Distribution and causation of leprosy in British India
Year: 1875
Disease focus: Leprosy
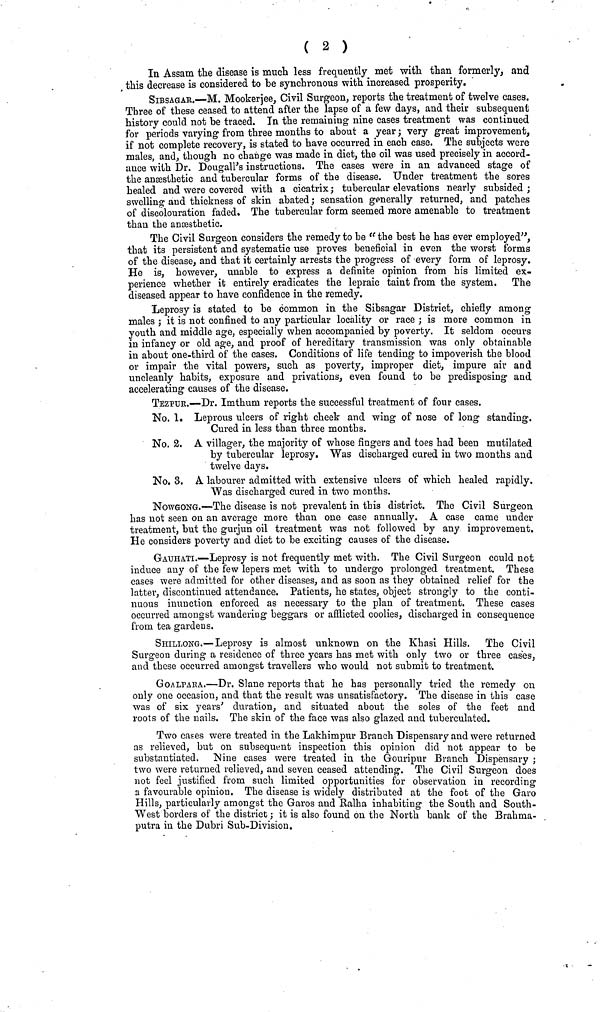
( 2 )
In Assam the disease is much less frequently met with than formerly, and
this decrease is considered to be synchronous with increased prosperity.
SIBSAGAE.—M. Mookerjee, Civil Surgeon, reports the treatment of twelve cases.
Three of these ceased to attend after the lapse of a few days, and their subsequent
history could not be traced. In the remaining nine cases treatment was continued
for periods varying from three months to about a year ; very great improvement,
if not complete recovery, is stated to have occurred in each case. The subjects were
males, and, though no change was made in diet, the oil was used precisely in accord-
ance with Dr. Dougall's instructions. The cases were in an advanced stage of
the anæsthetic and tubercular forms of the disease. Under treatment the sores
healed and were covered with a cicatrix ; tubercular elevations nearly subsided ;
swelling and thickness of skin abated ; sensation generally returned, and patches
of discolouration faded. The tubercular form seemed more amenable to treatment
than the anæsthetic.
The Civil Surgeon considers the remedy to be "the best he has ever employed",
that its persistent and systematic use proves beneficial in even the worst forms
of the disease, and that it certainly arrests the progress of every form of leprosy.
He is, however, unable to express a definite opinion from his limited ex-
perience whether it entirely eradicates the lepraic taint from the system. The
diseased appear to have confidence in the remedy.
Leprosy is stated to be common in the Sibsagar District, chiefly among
males ; it is not confined to any particular locality or race ; is more common in
youth and middle age, especially when accompanied by poverty. It seldom occurs
in infancy or old age, and proof of hereditary transmission was only obtainable
in about one-third of the cases. Conditions of life tending to impoverish the blood
or impair the vital powers, such as poverty, improper diet, impure air and
uncleanly habits, exposure and privations, even found to be predisposing and
accelerating causes of the disease.
TEZPUK.—Dr. Imthum reports the successful treatment of four cases.
No. 1. Leprous ulcers of right cheek and wing of nose of long standing.
Cured in less than three months.
No. 2. A villager, the majority of whose fingers and toes had been mutilated
by tubercular leprosy. Was discharged cured in two months and
twelve days.
No. 3. A labourer admitted with extensive ulcers of which healed rapidly.
Was discharged cured in two months.
NOWGONG.—The disease is not prevalent in this district. The Civil Surgeon
has not seen on an average more than one case annually. A case came under
treatment, but the gurjun oil treatment was not followed by any improvement.
He considers poverty and diet to be exciting causes of the disease.
GAUHATI.—Leprosy is not frequently met with. The Civil Surgeon could not
induce any of the few lepers met with to undergo prolonged treatment. These
cases were admitted for other diseases, and as soon as they obtained relief for the
latter, discontinued attendance. Patients, he states, object strongly to the conti-
nuous inunction enforced as necessary to the plan of treatment. These cases
occurred amongst wandering beggars or afflicted coolies, discharged in consequence
from tea gardens.
SHILLONG.—Leprosy is almost unknown on the Khasi Hills. The Civil
Surgeon during a residence of three years has met with only two or three cases,
and these occurred amongst travellers who would not submit to treatment.
GOALPARA.—Dr. Slane reports that he has personally tried the remedy on
only one occasion, and that the result was unsatisfactory. The disease in this case
was of six years' duration, and situated about the soles of the feet and
roots of the nails. The skin of the face was also glazed and tuberculated.
Two cases were treated in the Lakhimpur Branch Dispensary and were returned
as relieved, but on subsequent inspection this opinion did not appear to be
substantiated. Nine_ cases were treated in the Gouripur Branch Dispensary ;
two were returned relieved, and seven ceased attending. The Civil Surgeon does
not feel justified from such limited opportunities for observation in recording
a favourable opinion. The disease is widely distributed at the foot of the Garó
Hills, particularly amongst the Garos and Ralha inhabiting the South and South-
West borders of the district ; it is also found on the North bank of the Brahma-
putra in the Dubri Sub-Division.